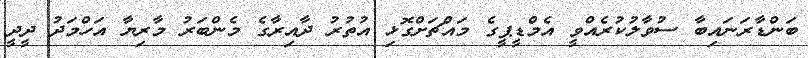
ބަންޑާރަނައިބާ ސުވާލުކުރެއްވީ އެމްޑީޕީގެ މައްޗަށްގޮޅި އުތުރު ދާއިރާގެ މެންބަރު މާރިޔާ އަހްމަދު ދީދީ